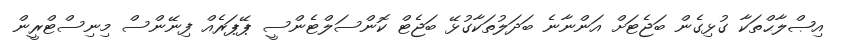
އިޞްލާޙްތަކާ ގުޅިގެން ބަޖެޓަށް އަންނާނެ ބަދަލުތަކާގުޅޭ ބަޖެޓް ކޮންސަލްޓެންސީ ޕޭޕަރެއް ފިނޭންސް މިނިސްޓްރީން